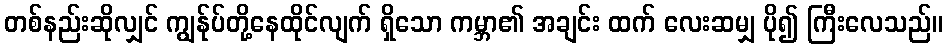
တစ်နည်းဆိုလျှင် ကျွန်ုပ်တို့နေထိုင်လျက် ရှိသော ကမ္ဘာ၏ အချင်း ထက် လေးဆမျှ ပို၍ ကြီးလေသည်။